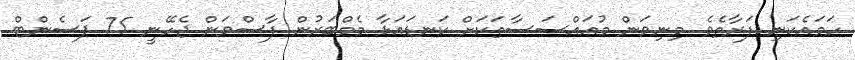
ހަމައެކަނި ފަރާތެވެ. މިނިވަން މުއައްސަސާތަކަށް ކަނޑައަޅާ މެމްބަރުން ފާސްވަން ޖެހޭނީ 75 ޕަސެންޓް